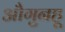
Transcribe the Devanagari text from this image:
औगुनहू